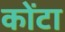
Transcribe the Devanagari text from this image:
कोंटा